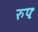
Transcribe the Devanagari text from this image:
रुपः